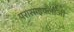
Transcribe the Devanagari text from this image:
परासाइक्लॉजी